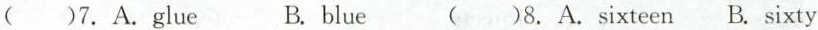
( )7.A.glue B. blue ( ) 8.A.sixteen B. sixty